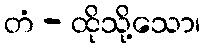
တံ - ထိုသို့သော၊